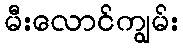
မီးလောင်ကျွမ်း